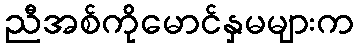
ညီအစ်ကိုမောင်နှမများက